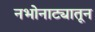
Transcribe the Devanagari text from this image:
नभोनाट्यातून